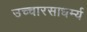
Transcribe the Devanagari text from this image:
उच्चारसाधर्म्य